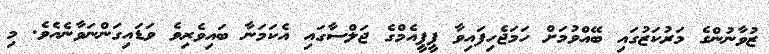
ޒުވާނުންގެ މަރުކަޒުގައި ބޭއްވުމަށް ހަމަޖެހިފައިވާ ޕީޕީއެމްގެ ޖަލްސާގައި އެކަމަނާ ބައިވެރިވެ ވަޑައިގަންނަވާނެއެވެ. މި